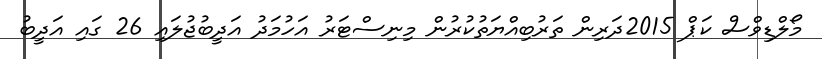
މޯލްޑިވްސް ކަޕް 2015ދަރިން ތަރުބިއްޔަތުކުރުން މިނިސްޓަރު އަހުމަދު އަދީބުޖުލައި 26 ގައި އަދީބު